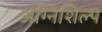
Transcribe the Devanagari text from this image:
अग्निशिल्प